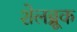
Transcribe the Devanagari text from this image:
शेलब्रूक